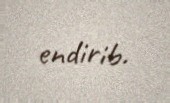
endirib.